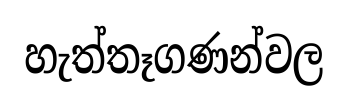
හැත්තෑගණන්වල